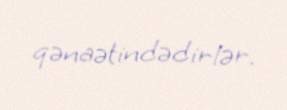
qənaətindədirlər.